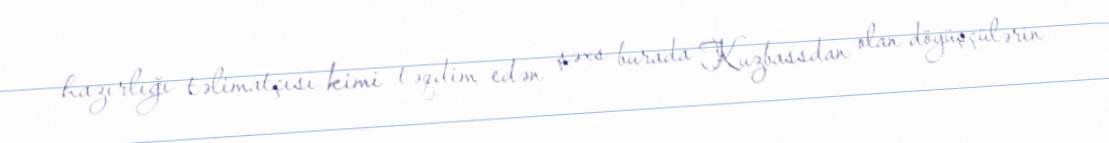
hazırlığı təlimatçısı kimi təqdim edən şəxs burada Kuzbassdan olan döyüşçülərin